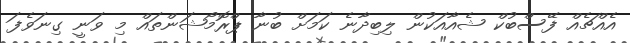
އެއްޗެއް ފޭސްބުކް ޝެއާއަކުން ލިބިދާނެ ކަމަށް ބުނާ ޕްރޮމޯޝަންތައް މި ވަނީ ގިނަވެފަ